Vaccination in the Punjab 1897-1904 - 1897-1904
Year: 1897
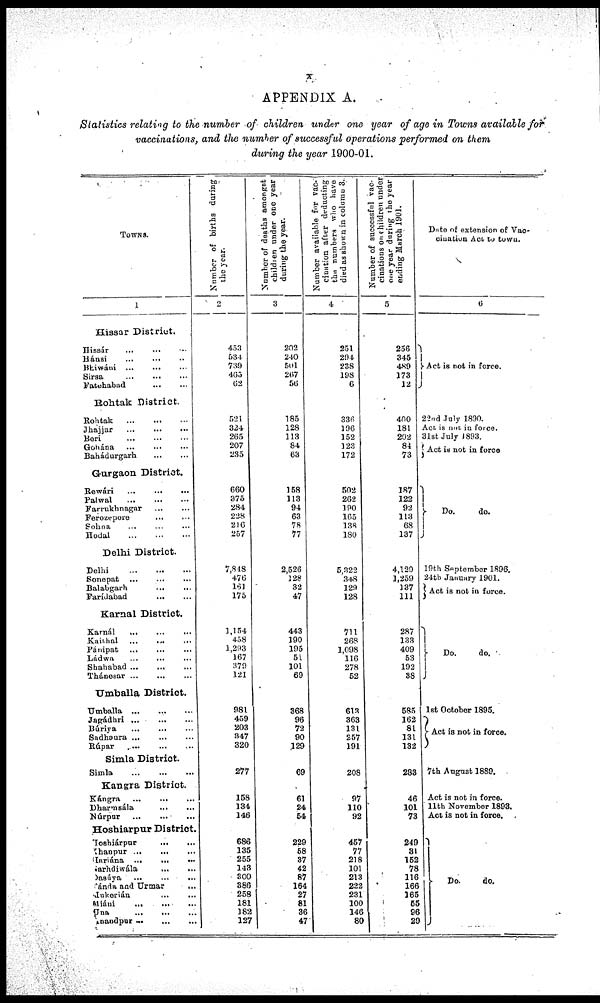
x
APPENDIX A.
Statistics relating to the number of children under one year of age in Towns available for
vaccinations, and the number of successful operations performed on them
during the year 1900-01.
TOWNS.
1
Hissár District.
Hissár ... ... ...
Hánsi ... ... ...
Bhiwáni ... ... ...
Sirsa ... ... ...
Fatehabad
...
...
Rohtak District.
Rohtak
...
... ...
Jhajjar
...
...
...
Beri
...
...
...
Gohána ... ... ...
Bahádurgarh
...
...
Gurgaon District.
Rewári
...
...
...
Palwal
...
...
...
Farrukhnagar ... ... ...
Ferozepore
...
...
...
Sohna ... ... ...
Hodal
...
...
...
Delhi Distriot.
Delhi
...
...
...
Sonepat ... ... ...
Balabgarh ... ... ...
Farídabad
...
...
...
Karnal District.
Karnál ... ... ...
Kaithal
...
...
Pánipat ... ... ...
Ládwa ... ... ...
Shahabad ... ... ...
Thánesar ...
Umballa District.
Umballa
...
...
...
Jagádhri ... ... ...
Búriya ... ... ...
Sadhaura
...
...
...
Rúpar
...
...
...
Simla District.
Simla
...
...
...
Kangra District.
Kángra ... ... ...
Dharmsála ... ...
Núrpnr
...
...
...
Hoshiarpur District.
Toshiárpur
...
...
...
Khanpur ... ... ...
Hariána ...
...
...
Garhdiwála
...
...
Dasúya
...
...
...
Tanda and Urmar
...
Mukerián
...
...
Miáni
...
...
Una
...
...
...
Anandpur ... ... ...
Number of births daring
the year.
2
453
534
739
463
62
521
324
265
207
235
660
375
284
228
216
257
7,848
476
161
175
1,154
458
1,293
167
379
121
981
459
203
847
320
277
158
134
146
686
135
255
143
300
386
258
181
182
127
Number of deaths amongst
childr en under one year
during the year.
3
202
240
501
267
56
185
128
113
84
63
158
113
94
63
78
77
2,526
128
32
47
443
190
195
51
101
69
368
96
72
90
129
69
61
24
54
229
58
37
42
87
164
27
81
36
47
Number available for vac-
cination after deducting
the numbers who have
died as shown in column 3.
4
251
294
238
198
6
336
196
152
123
172
502
262
190
165
138
180
5,322
348
129
128
711
268
1,098
116
278
52
613
363
131
257
191
208
97
110
92
457
77
218
101
213
222
231
100
146
80
Number of successful vac-
cinations on children under
one year during the year
ending March 1901.
5
256
345
489
173
12
400
181
202
84
73
187
122
92
113
68
137
4,129
1,259
137
111
287
133
409
53
192
38
585
162
81
131
132
283
46
101
73
249
31
152
78
116
166
165
55
96
29
Date of extension of Vac-
cination A ct to town.
6
Act is not in force.
22nd July 1890.
Act is not in force.
31st July 1893.
Act its not in force
Do.
do.
19th September 1896.
24th January 1901.
Act is not in force.
Do.
do.
1st October 1895.
Act is not in force.
7th August 1889.
Act is not in force.
11th November 1893.
Act is not in force.
Do.
do.